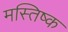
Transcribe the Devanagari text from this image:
मस्तिष्क